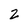
Character: 2